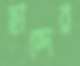
ছান্দের